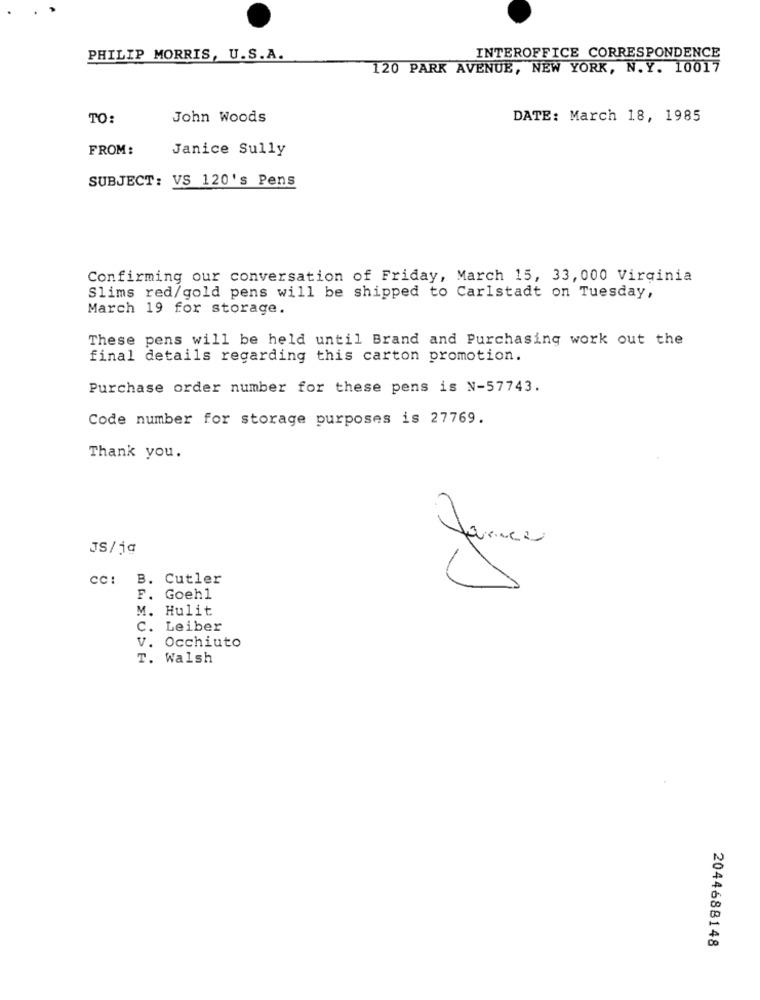
INTEROFFICE CORRESPONDENCE
PHILIP MORRIS, U.S.A.
120 PARK AVENUE, NEW YORK, N.Y. 10017
TO:
John Woods
DATE: March 18, 1985
FROM:
Janice Sully
SUBJECT: VS 120's Pens
Confirming our conversation of Friday, March 15, 33, 000 Virginia
Slims red/gold pens will be shipped to Carlstadt on Tuesday,
March 19 for storage.
These pens will be held until Brand and Purchasing work out the
final details regarding this carton promotion.
Purchase order number for these pens is N-57743.
Code number for storage purposes is 27769.
Thank you.
JS/1ª
CC: B. Cutler
F. Goehl
M. Hulit
C. Leiber
V. Occhiuto
T. Walsh
2044688148